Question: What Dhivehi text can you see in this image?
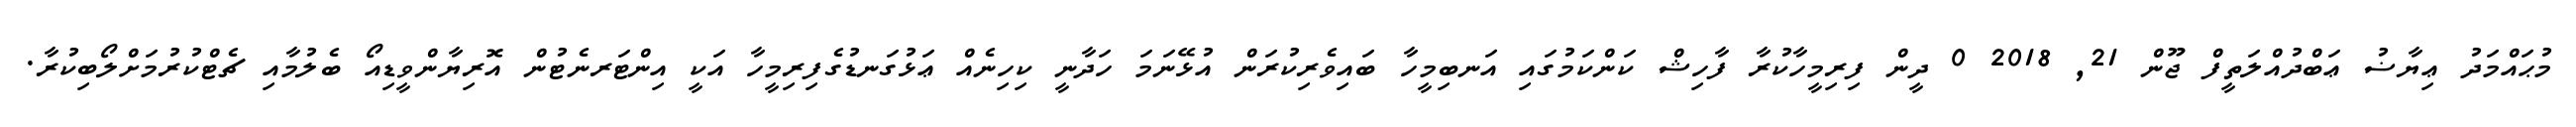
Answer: މުޙައްމަދު ޢިޔާޟު ޢަބްދުއްލަތީފް ޖޫން 21, 2018 0 ދީން ފިރިމީހާކުރާ ފާހިޝް ކަންކަމުގައި އަނބިމީހާ ބައިވެރިކުރަން އުޅޭނަމަ ހަދާނީ ކިހިނެއް ޢަޅުގަނޑުގެފިރިމީހާ އަކީ އިންޓަރނެޓުން އޮރިޔާންވީޑިއޯ ބެލުމާއި ޗެޓްކުރުމަށްލޯބިކުރާ.